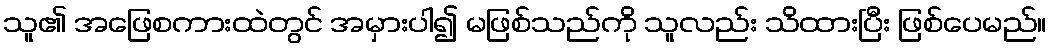
သူ၏ အဖြေစကားထဲတွင် အမှားပါ၍ မဖြစ်သည်ကို သူလည်း သိထားပြီး ဖြစ်ပေမည်။